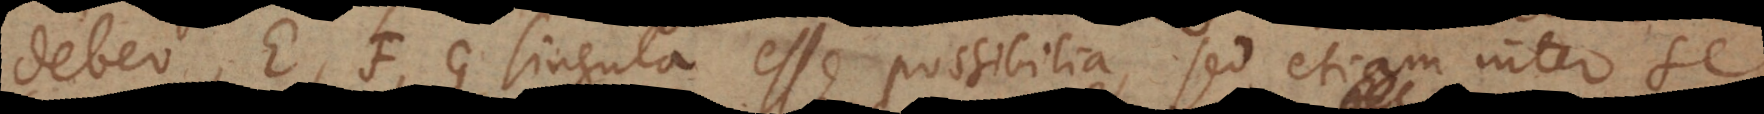
debeo, E, F, G singula esse possibilia, sed etiam inter se